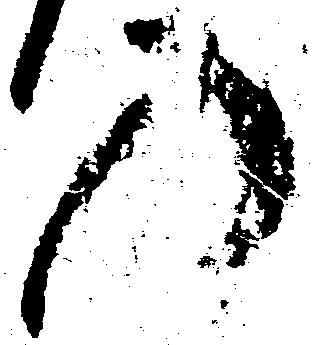
の